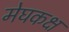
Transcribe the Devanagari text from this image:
मेघकक्ष